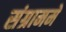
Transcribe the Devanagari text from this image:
संग्राममे